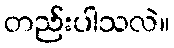
တည်းပါသလဲ။